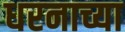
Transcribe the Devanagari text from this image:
धरनाच्या